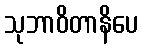
သုဘာဝိတာနိပေ